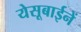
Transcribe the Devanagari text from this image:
येसूबाईनें